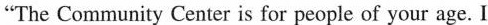
The Community Center is for people of your age.I